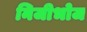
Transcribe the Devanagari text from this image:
निजीभोज